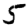
Digit: 5